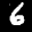
Label: 6